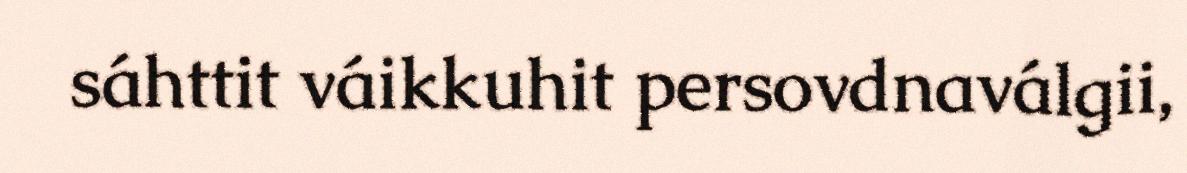
sáhttit váikkuhit persovdnaválgii,